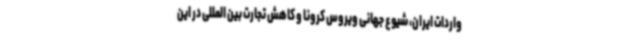
واردات ایران، شیوع جهانی ویروس کرونا و کاهش تجارت بین المللی در این